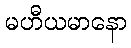
မဟီယမာနော